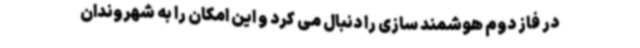
در فاز دوم هوشمند سازی را دنبال می کرد و این امکان را به شهروندان